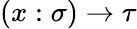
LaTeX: (x:\sigma)\to\tau